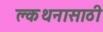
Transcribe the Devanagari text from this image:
क्लथनासाठी